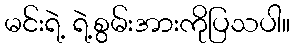
မင်းရဲ့ ရဲ့စွမ်းအားကိုပြသပါ။